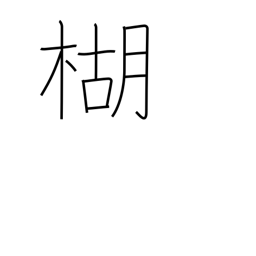
Meaning: pepper